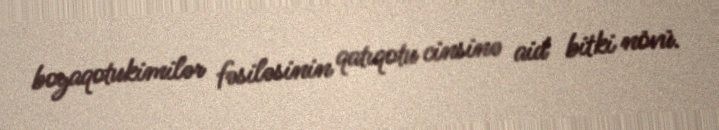
boyaqotukimilər fəsiləsinin qatıqotu cinsinə aid bitki növü.